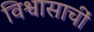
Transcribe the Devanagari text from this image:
विश्वासाचीं